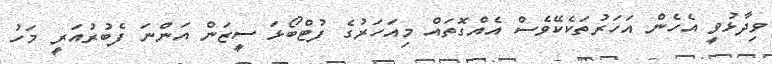
ވިދާޅުވީ އެހެން އަހަރުތަކެކޭވެސް އެއްގޮތައް މިއަހަރުގެ ފުޓްބޯޅަ ސީޒަން އަންނަ ފެބުރުއަރީ މަހު